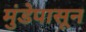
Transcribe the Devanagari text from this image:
मुंडेपासून